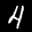
Label: 4